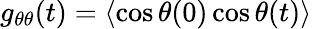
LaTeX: g_{\theta\theta}(t)=\langle\cos\theta(0)\cos\theta(t)\rangle